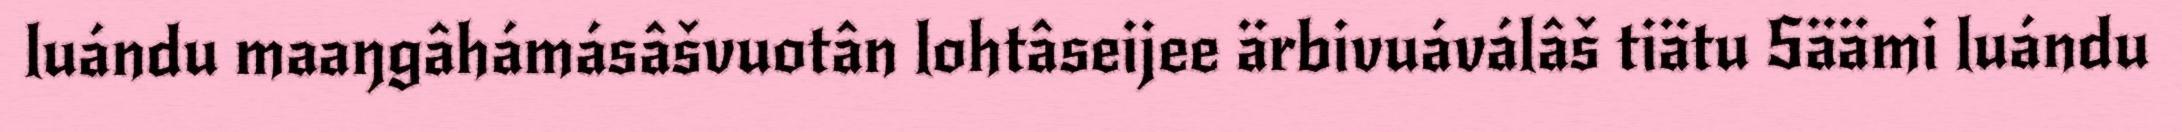
luándu maaŋgâhámásâšvuotân lohtâseijee ärbivuáválâš tiätu Säämi luándu